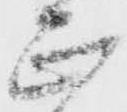
正